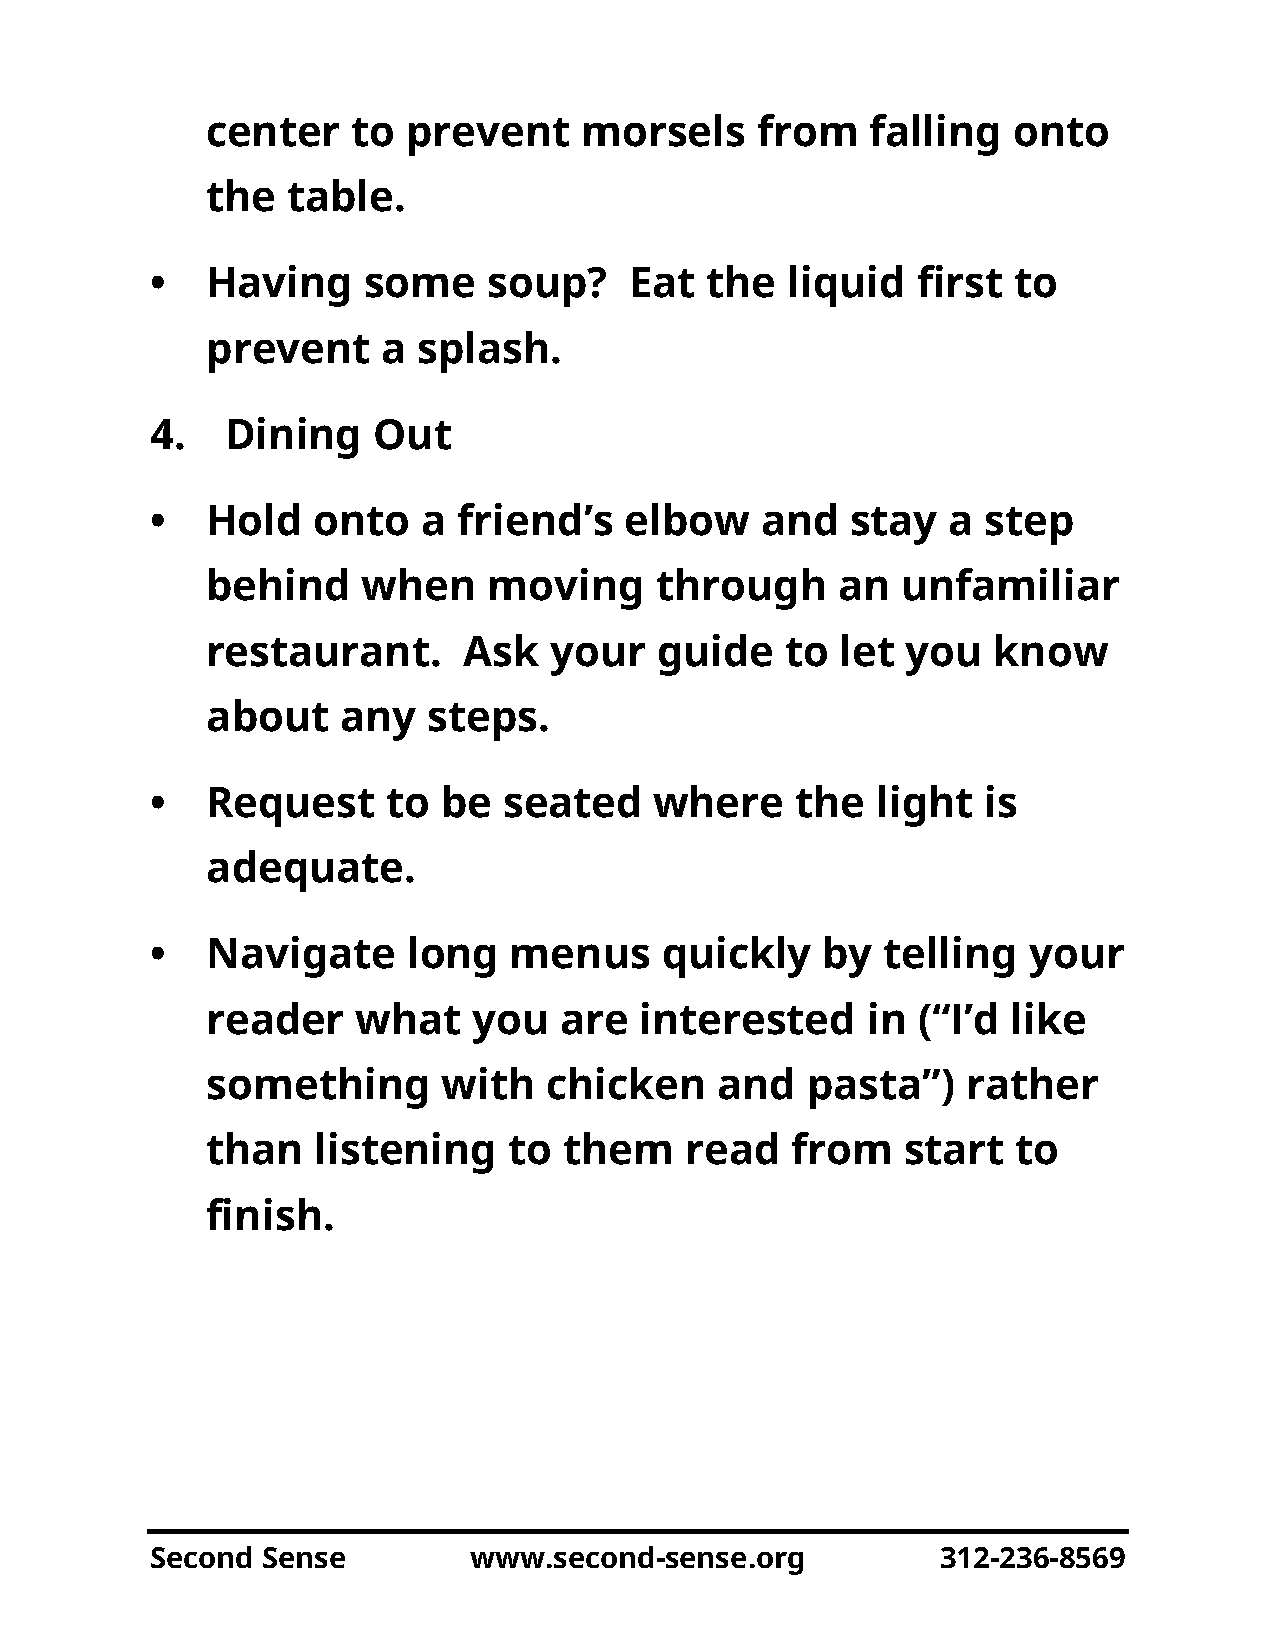
center   to  prevent    morsels     from    falling  onto
 the  table.
 •   Having    some    soup?     Eat  the  liquid   first to
 prevent    a  splash.
 4.   Dining    Out
 •   Hold   onto   a friend’s   elbow    and   stay   a step
 behind    when    moving     through     an   unfamiliar
 restaurant.      Ask  your    guide   to  let you   know
 about    any  steps.
 •   Request     to be  seated    where     the  light  is
 adequate.
 •   Navigate     long   menus     quickly   by   telling  your
 reader    what   you   are  interested     in  (“I’d like
 something      with   chicken    and   pasta”)    rather
 than   listening    to them    read   from    start  to
 finish.
 Second Sense         www.second-sense.org           312-236-8569